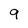
Character: 9